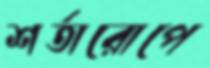
শর্তারোপে